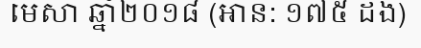
មេសា ឆ្នាំ២០១៨ (អាន: ១៧៥ ដង)